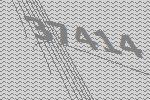
37414